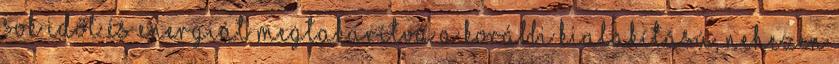
sok időt és energiát megtakarítva a korábbi kialakítású, nehezen